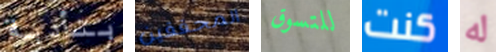
بتأدية المحققين للتسوق كنت له